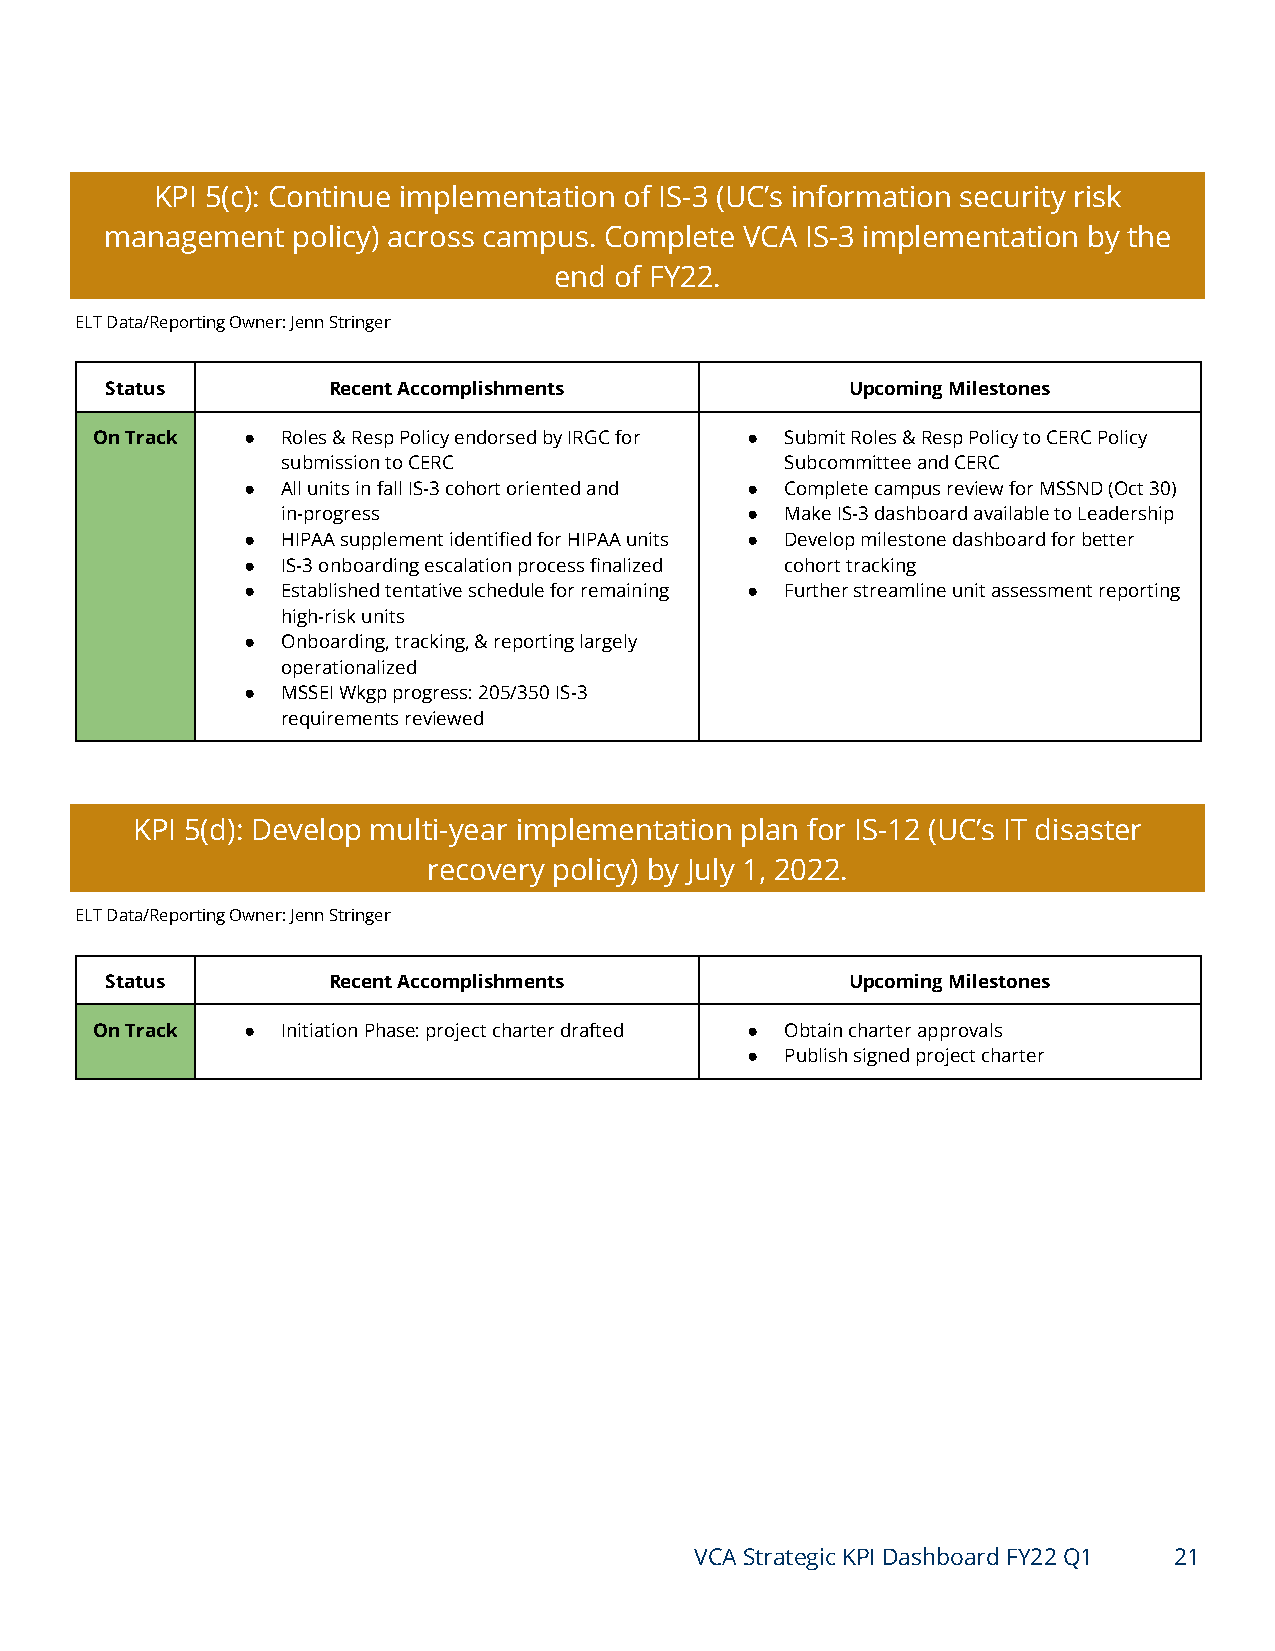
KPI 5(c): Continue implementation of IS-3 (UC’s information security risk
 management  policy) across campus. Complete VCA IS-3 implementation by the
 end of FY22.
 ELT Data/Reporting Owner: Jenn Stringer
 Status         Recent Accomplishments            Upcoming Milestones
 On Track  ●  Roles & Resp Policy endorsed by IRGC for ● Submit Roles & Resp Policy to CERC Policy
 submission to CERC               Subcommittee and CERC
 ●  All units in fall IS-3 cohort oriented and ● Complete campus review for MSSND (Oct 30)
 in-progress                   ●  Make IS-3 dashboard available to Leadership
 ●  HIPAA supplement identified for HIPAA units ● Develop milestone dashboard for better
 ●  IS-3 onboarding escalation process finalized cohort tracking
 ●  Established tentative schedule for remaining ● Further streamline unit assessment reporting
 high-risk units
 ●  Onboarding, tracking, & reporting largely
 operationalized
 ●  MSSEI Wkgp progress: 205/350 IS-3
 requirements reviewed
 KPI 5(d): Develop multi-year implementation plan for IS-12 (UC’s IT disaster
 recovery policy) by July 1, 2022.
 ELT Data/Reporting Owner: Jenn Stringer
 Status         Recent Accomplishments            Upcoming Milestones
 On Track  ●  Initiation Phase: project charter drafted ● Obtain charter approvals
 ●  Publish signed project charter
 VCA Strategic KPI Dashboard FY22 Q1 21